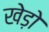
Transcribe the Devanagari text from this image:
खेड़ो